Distribution and causation of leprosy in British India
Year: 1875
Disease focus: Leprosy
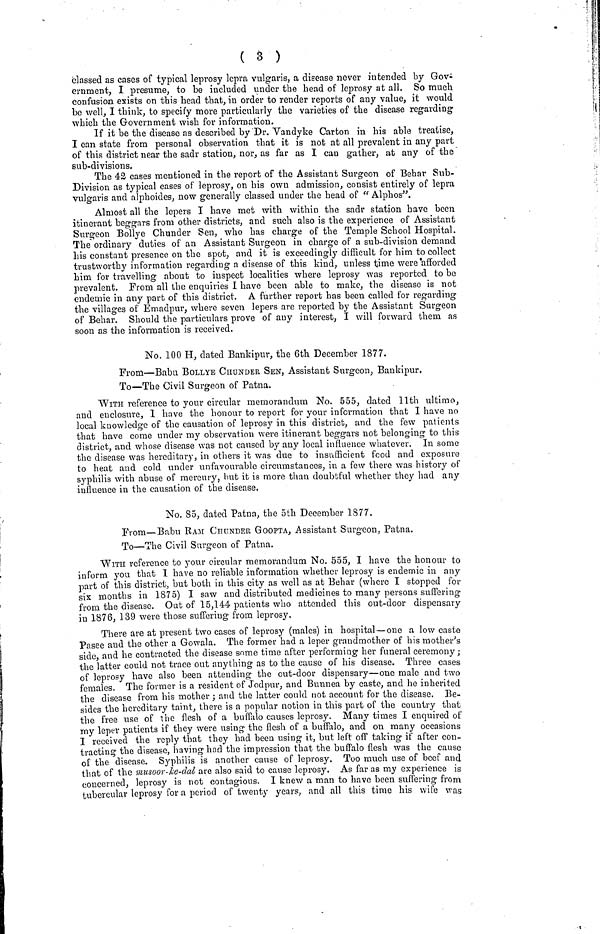
( 3 )
classed as cases of typical leprosy lepra vulgaris, a disease never intended by Gov-
ernment, I presume, to be included under the head of leprosy at all. So much
confusion exists on this head that, in order to render reports of any value, it would
be well, I think, to specify more particularly the varieties of the disease regarding
which the Government wish for information.
If it be the disease as described by Dr. Vandyke Carton in his able treatise,
I can state from personal observation that it is not at all prevalent in any part
of this district near the sadr station, nor, as far as I can gather, at any of the
sub-divisions.
The 42 cases mentioned in the report of the Assistant Surgeon of Behar Sub-
Division as typical cases of leprosy, on his own admission, consist entirely of lepra
vulgaris and alphoides, now generally classed under the head of "Alphos".
Almost all the lepers I have met with within the sadr station have been
itinerant beggars from other districts, and such also is the experience of Assistant
Surgeon Bollye Chunder Sen, who has charge of the Temple School Hospital.
The ordinary duties of an Assistant Surgeon in charge of a sub-division demand
his constant presence on the spot, and it is exceedingly difficult for him to collect
trustworthy information regarding a disease of this kind, unless time were afforded
him for travelling about to inspect localities where leprosy was reported to be
prevalent. From all the enquiries I have been able to make, the disease is not
endemic in any part of this district. A further report has been called for regarding
the villages of Emadpur, where seven lepers are reported by the Assistant Surgeon
of Behar. Should the particulars prove of any interest, I will forward them as
soon as the information is received.
No, 100 H, dated Bankipur, the 6th December 1877.
From—Babu BOLLYE CIIUNDER SEN, Assistant Surgeon, Baukipur.
To—The Civil Surgeon of Patna.
With reference to your circular memorandum No. 555, dated 11th ultimo,
and enclosure, 1 have the honour to report for your information that I have no
local knowledge of the causation of leprosy in this district, and the few patients
that have come under my observation were itinerant beggars not belonging to this
district, and whose disease was not caused by any local influence whatever. In some
the disease was hereditary, in others it was due to insufficient food and exposure
to heat and cold under unfavourable circumstances, in a few there was history of
syphilis with abuse of mercury, hut it is more than doubtful whether they had any
influence in the causation of the disease.
No. 85, dated Patna, the 5th December 1877.
From—Babu RAM CHUNDER GOOPTA, Assistant Surgeon, Patna.
To—The Civil Surgeon of Patna.
WITH reference to your circular memorandum No. 555, I have the honour to
inform you that I have no reliable information whether leprosy is endemic in any
part of this district, but both in this city as well as at Behar (where I stopped for
six months in 1875) I saw and distributed medicines to many persons suffering
from the disease. Out of 15,144 patients who attended this out-door dispensary
in 1876, 139 were those suffering from leprosy.
There are at present two cases of leprosy (males) in hospital—one a low caste
Pasee and the other a Gowala. The former had a leper grandmother of his mother's
side, and he contracted the disease some time after performing her funeral ceremony;
the latter could not trace out anything as to the cause of his disease. Three cases
of leprosy have also been attending the out-door dispensary—one male and two
females. The former is a resident of Jodpur, and Bunnea by caste, and he inherited
the disease from his mother ; and the latter could not account for the disease. Be-
sides the hereditary taint, there is a popular notion in this part of the country that
the free use of the flesh of a buffalo causes leprosy. Many times I enquired of
my leper patients if they were using the flesh of a buffalo, and on many occasions
I received the reply that they had been using it, but left off taking if after con-
tracting the disease, having had the impression that the buffalo flesh was the cause
of the disease. Syphilis is another cause of leprosy. Too much use of beef and
that of the musoor-ke-dal are also said to cause leprosy. As far as my experience is
concerned, leprosy is not contagious. I knew a man to have been suffering from
tubercular leprosy for a period of twenty years, and all this time his wife was